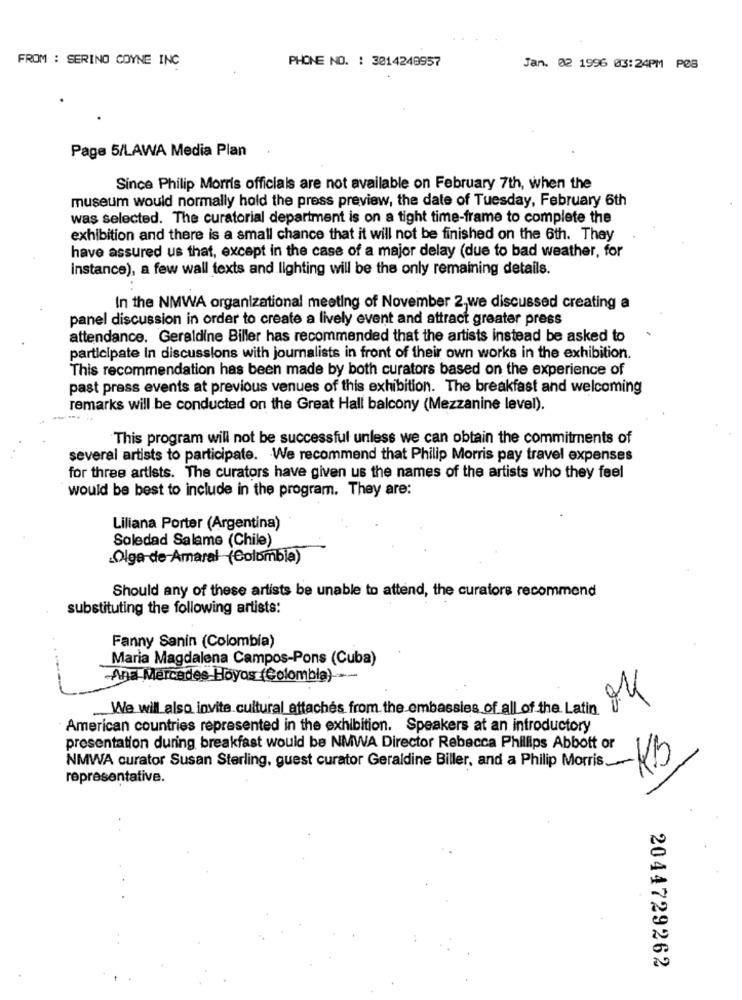
FROM : SERINO COYNE INC
PHONE NO. : 3014248957
Jan. 02 1996 03:24PM PØS
Page 5/LAWA Media Plan
Since Philip Morris officials are not available on February 7th, when the
museum would normally hold the press preview, the date of Tuesday, February 6th
was selected. The curatorial department is on a tight time-frame to complete the
exhibition and there is a small chance that it will not be finished on the 6th. They
have assured us that, except in the case of a major delay (due to bad weather, for
instance), a few wall texts and lighting will be the only remaining details.
In the NMWA organizational meeting of November 2,we discussed creating a
panel discussion in order to create a lively event and attract greater press
attendance. Geraldine Biller has recommended that the artists instead be asked to
participate in discussions with journalists in front of their own works in the exhibition.
This recommendation has been made by both curators based on the experience of
past press events at previous venues of this exhibition. The breakfast and welcoming
remarks will be conducted on the Great Hall balcony (Mezzanine level).
This program will not be successful unless we can obtain the commitments of
several artists to participate. We recommend that Philip Morris pay travel expenses
for three artists. The curators have given us the names of the artists who they feel
would be best to include in the program. They are:
Liliana Porter (Argentina)
Soledad Salame (Chile)
Olga-de Amaral (Colombia)
Should any of these artists be unable to attend, the curatore recommend
substituting the following artists:
Fanny Sanin (Colombia)
Maria Magdalena Campos-Pons (Cuba)
Ana Mercedes Hoyos (Colombia) --
We will also invite cultural attaches from the_embassies of all of the Latin 8
American countries represented in the exhibition. Speakers at an introductory
presentation during breakfast would be NMWA Director Rebecca Phillips Abbott or
NMWA curator Susan Sterling, guest curator Geraldine Biller, and a Phillip Morris_ 15
representative.
2044729262